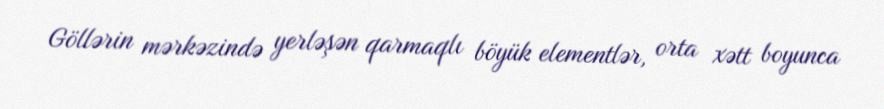
Göllərin mərkəzində yerləşən qarmaqlı böyük elementlər, orta xətt boyunca